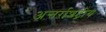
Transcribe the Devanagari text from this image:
अन्तर्राशट्रीय